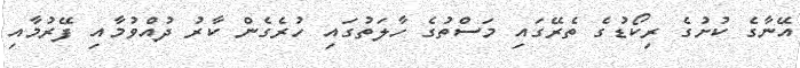
އޭނާގެ ކުށުގެ ރިކޯޑުގެ ތެރޭގައި މަސްތުގެ ހާލަތުގައި ހުރެގެން ކާރު ދުއްވުމާއި ފޭރުމާއި